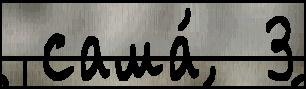
 сама́  3